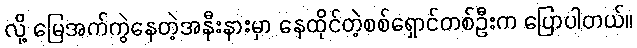
လို့ မြေအက်ကွဲနေတဲ့အနီးနားမှာ နေထိုင်တဲ့စစ်ရှောင်တစ်ဦးက ပြောပါတယ်။